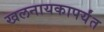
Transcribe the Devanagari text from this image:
खलनायकापर्यंत